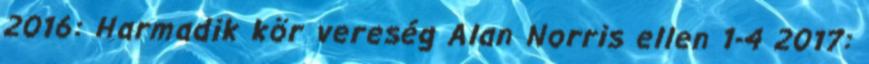
2016: Harmadik kör vereség Alan Norris ellen 1-4 2017: